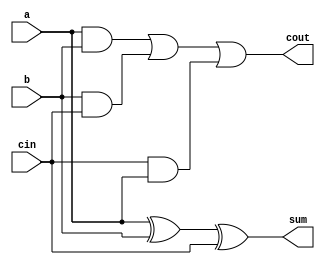
`timescale 1ns / 1ps
//////////////////////////////////////////////////////////////////////////////////
// Company: 
// Engineer: 
// 
// Design Name: 
// Module Name:    full_adder 
// Project Name: 
// Target Devices: 
// Tool versions: 
// Description: 
//
// Dependencies: 
//
// Revision: 
// Revision 0.01 - File Created
// Additional Comments: 
//
//////////////////////////////////////////////////////////////////////////////////
module full_adder(a,b,cin,sum,cout
    );
	input a;
	input b;
	input cin;
	output sum;
	wire sum;
	output cout;
	wire cout;
	assign sum = a^b^cin;
	assign cout = (a & b) | (b & cin) | (cin & a);

endmodule